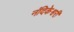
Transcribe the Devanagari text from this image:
नंदिकेश्वरी